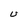
Character: U